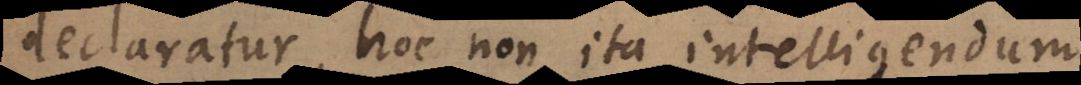
declaratur, hoc non ita intelligendum